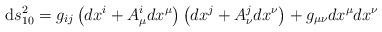
LaTeX: \begin{align*}{\rm d}s^2_{10} = g_{ij} \left( dx^i + A_\mu^i dx^\mu \right)\left( dx^j + A_\nu^j dx^\nu \right)+ g_{\mu \nu } dx^\mu dx^\nu\end{align*}